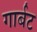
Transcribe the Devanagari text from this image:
गार्बट